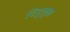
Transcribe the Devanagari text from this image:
टिटुलुस